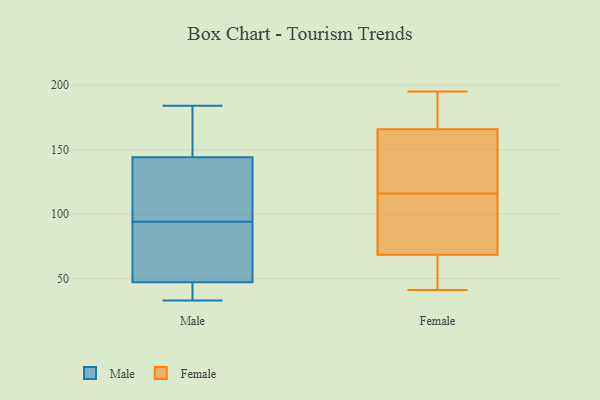
{"axis": {"x": "Gross Profit (USD K)", "y": "Value"}, "legend": ["Female", "Male"], "data": [{"x": "", "y": 144, "type": "Male"}, {"x": "", "y": 154, "type": "Male"}, {"x": "", "y": 68, "type": "Male"}, {"x": "", "y": 47, "type": "Male"}, {"x": "", "y": 184, "type": "Male"}, {"x": "", "y": 77, "type": "Male"}, {"x": "", "y": 33, "type": "Male"}, {"x": "", "y": 133, "type": "Male"}, {"x": "", "y": 33, "type": "Male"}, {"x": "", "y": 111, "type": "Male"}, {"x": "", "y": 192, "type": "Female"}, {"x": "", "y": 64, "type": "Female"}, {"x": "", "y": 99, "type": "Female"}, {"x": "", "y": 82, "type": "Female"}, {"x": "", "y": 42, "type": "Female"}, {"x": "", "y": 158, "type": "Female"}, {"x": "", "y": 157, "type": "Female"}, {"x": "", "y": 41, "type": "Female"}, {"x": "", "y": 141, "type": "Female"}, {"x": "", "y": 116, "type": "Female"}, {"x": "", "y": 41, "type": "Female"}, {"x": "", "y": 70, "type": "Female"}, {"x": "", "y": 100, "type": "Female"}, {"x": "", "y": 120, "type": "Female"}, {"x": "", "y": 193, "type": "Female"}, {"x": "", "y": 195, "type": "Female"}, {"x": "", "y": 189, "type": "Female"}]}